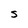
Character: S